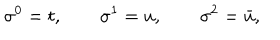
\sigma ^ { 0 } = t , \qquad \sigma ^ { 1 } = u , \qquad \sigma ^ { 2 } = \bar { u } ,